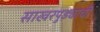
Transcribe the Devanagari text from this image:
साखरपुड्याची